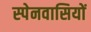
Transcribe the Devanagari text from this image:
स्‍पेनवासियों